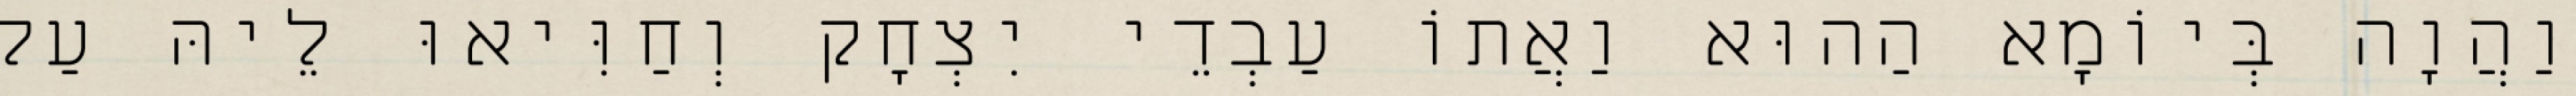
וַהֲוָה בְּיוֹמָא הַהוּא וַאֲתוֹ עַבְדֵי יִצְחָק וְחַוִּיאוּ לֵיהּ עַל